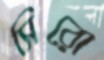
সিরো